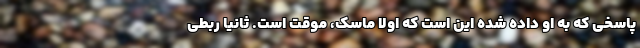
پاسخی که به او داده شده این است که اولا ماسک، موقت است. ثانیا ربطی